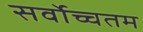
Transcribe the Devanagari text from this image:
सर्वोच्चतम